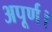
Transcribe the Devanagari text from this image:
अपूर्ण।